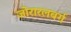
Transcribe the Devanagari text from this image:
जोरारलबर्ग